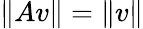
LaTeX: \| Av\| =\| v\|